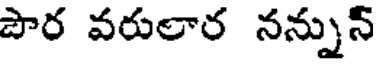
పౌర వరులార నన్నున్